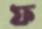
ফ